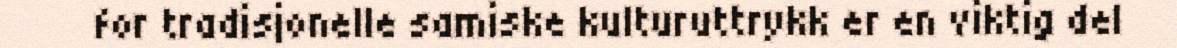
for tradisjonelle samiske kulturuttrykk er en viktig del